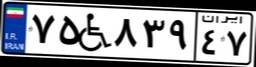
۷۹W۵۴۸۴۹